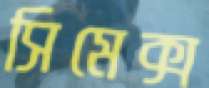
সিমেক্স